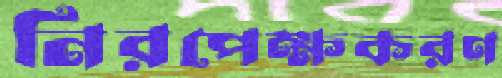
নিরপেক্ষকরণ